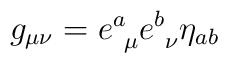
g_{\mu \nu} = e^a_{~\mu} e^b_{~\nu} \eta_{a b}